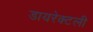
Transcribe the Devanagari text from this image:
डायरेक्टली